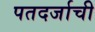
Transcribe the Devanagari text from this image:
पतदर्जाची